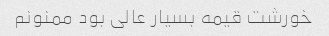
خورشت قیمه بسیار عالی بود ممنونم